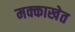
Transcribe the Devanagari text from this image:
मक्काखेत